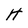
Character: H